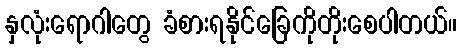
နှလုံးရောဂါတွေ ခံစားရနိုင်ခြေကိုတိုးစေပါတယ်။